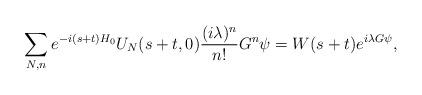
LaTeX: \begin{align*}\sum_{N,n}e^{-i(s+t)H_0}U_N(s+t,0)\frac{(i\lambda)^n}{n!}G^n\psi = W(s+t)e^{i\lambda G\psi},\end{align*}